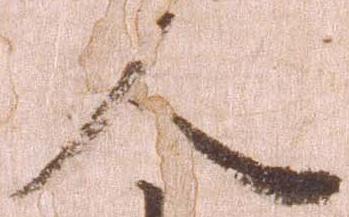
人